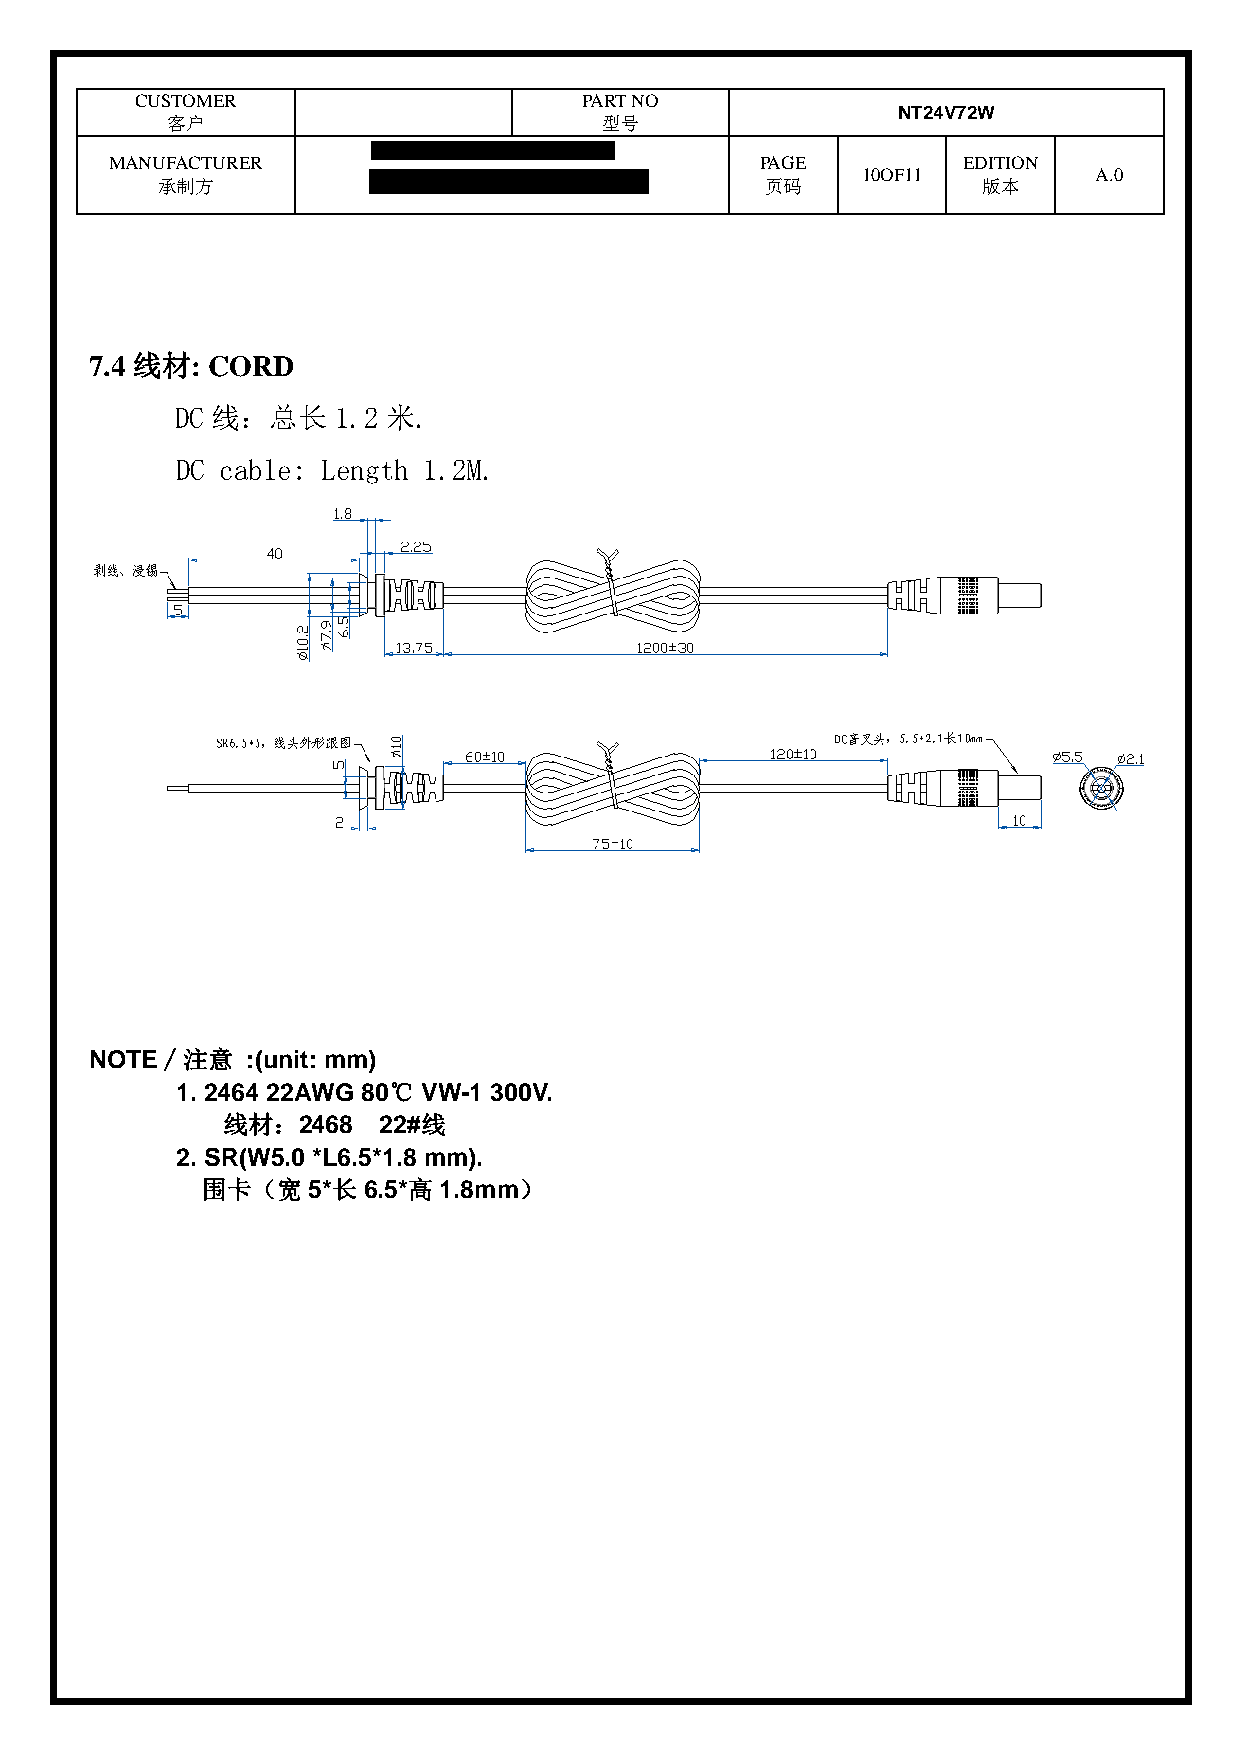
CUSTOMER                      PART NO
 NT24V72W
 客户                           型号
 MANUFACTURER                               PAGE          EDITION
 承制方                                      页码
 10OF11
 版本
 A.0
 7.4 线材: CORD
 DC 线：总长   1.2 米.
 DC cable: Length 1.2M.
 NOTE∕注意   :(unit: mm)
 1. 2464 22AWG 80℃ VW-1 300V.
 线材：2468   22#线
 2. SR(W5.0 *L6.5*1.8 mm).
 围卡（宽   5*长 6.5*高 1.8mm）